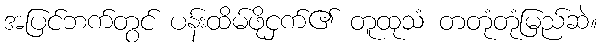
အပြင်ဘက်တွင် ပန်းထိမ်ဖိုငှက်၏ တူထုသံ တတုံတုံမြည်ဆဲ။